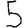
Digit: 5